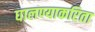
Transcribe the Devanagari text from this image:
घालण्याकरिता